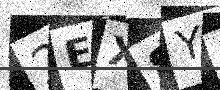
Text: 2EX8YD